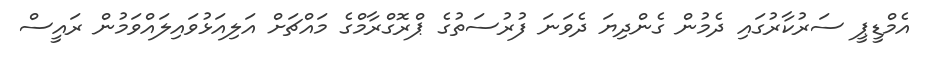
އެމްޑީޕީ ސަރުކާރުގައި ދެމުން ގެންދިޔަ ދެވަނަ ފުރުސަތުގެ ޕްރޮގްރާމްގެ މައްޗަށް އަލިއަޅުވައިލައްވަމުން ރައީސް